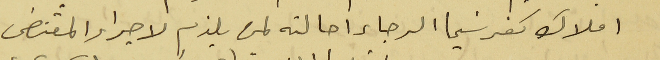
املاك كفرشيما الرجاء احالته لمن يلزم لاجراء المقتضى